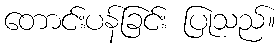
တောင်းပန်ခြင်း ပြုသည်။